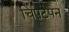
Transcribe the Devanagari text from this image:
चिपटेपन